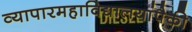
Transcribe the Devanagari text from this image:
व्यापारमहाविद्यालयांपैकी